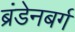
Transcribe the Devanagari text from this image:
ब्रंडेनबर्ग